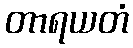
တာရယတံ